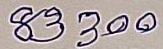
83300